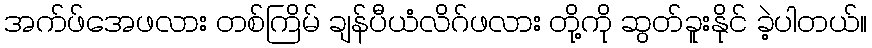
အက်ဖ်အေဖလား တစ်ကြိမ် ချန်ပီယံလိဂ်ဖလား တို့ကို ဆွတ်ခူးနိုင် ခဲ့ပါတယ်။